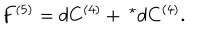
F ^ { ( 5 ) } = d C ^ { ( 4 ) } + \ ^ { \star } d C ^ { ( 4 ) } . \nonumber